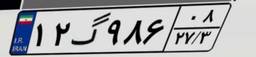
۱۲گ۹۸۶۰۸